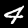
Digit: 4